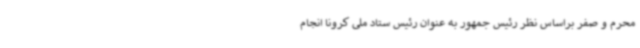
محرم و صفر براساس نظر رئیس جمهور به عنوان رئیس ستاد ملی کرونا انجام